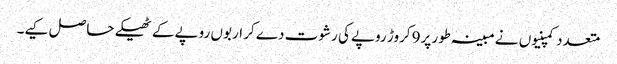
متعدد کمپنیوں نے مبینہ طور پر9 کروڑ روپے کی رشوت دے کر اربوں روپے کے ٹھیکے حاصل کیے۔